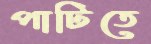
পাটিতে